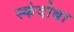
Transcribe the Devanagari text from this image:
स्कंदोबा